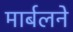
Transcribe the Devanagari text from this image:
मार्बलने